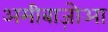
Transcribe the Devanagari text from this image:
अमीबाज़ोआ